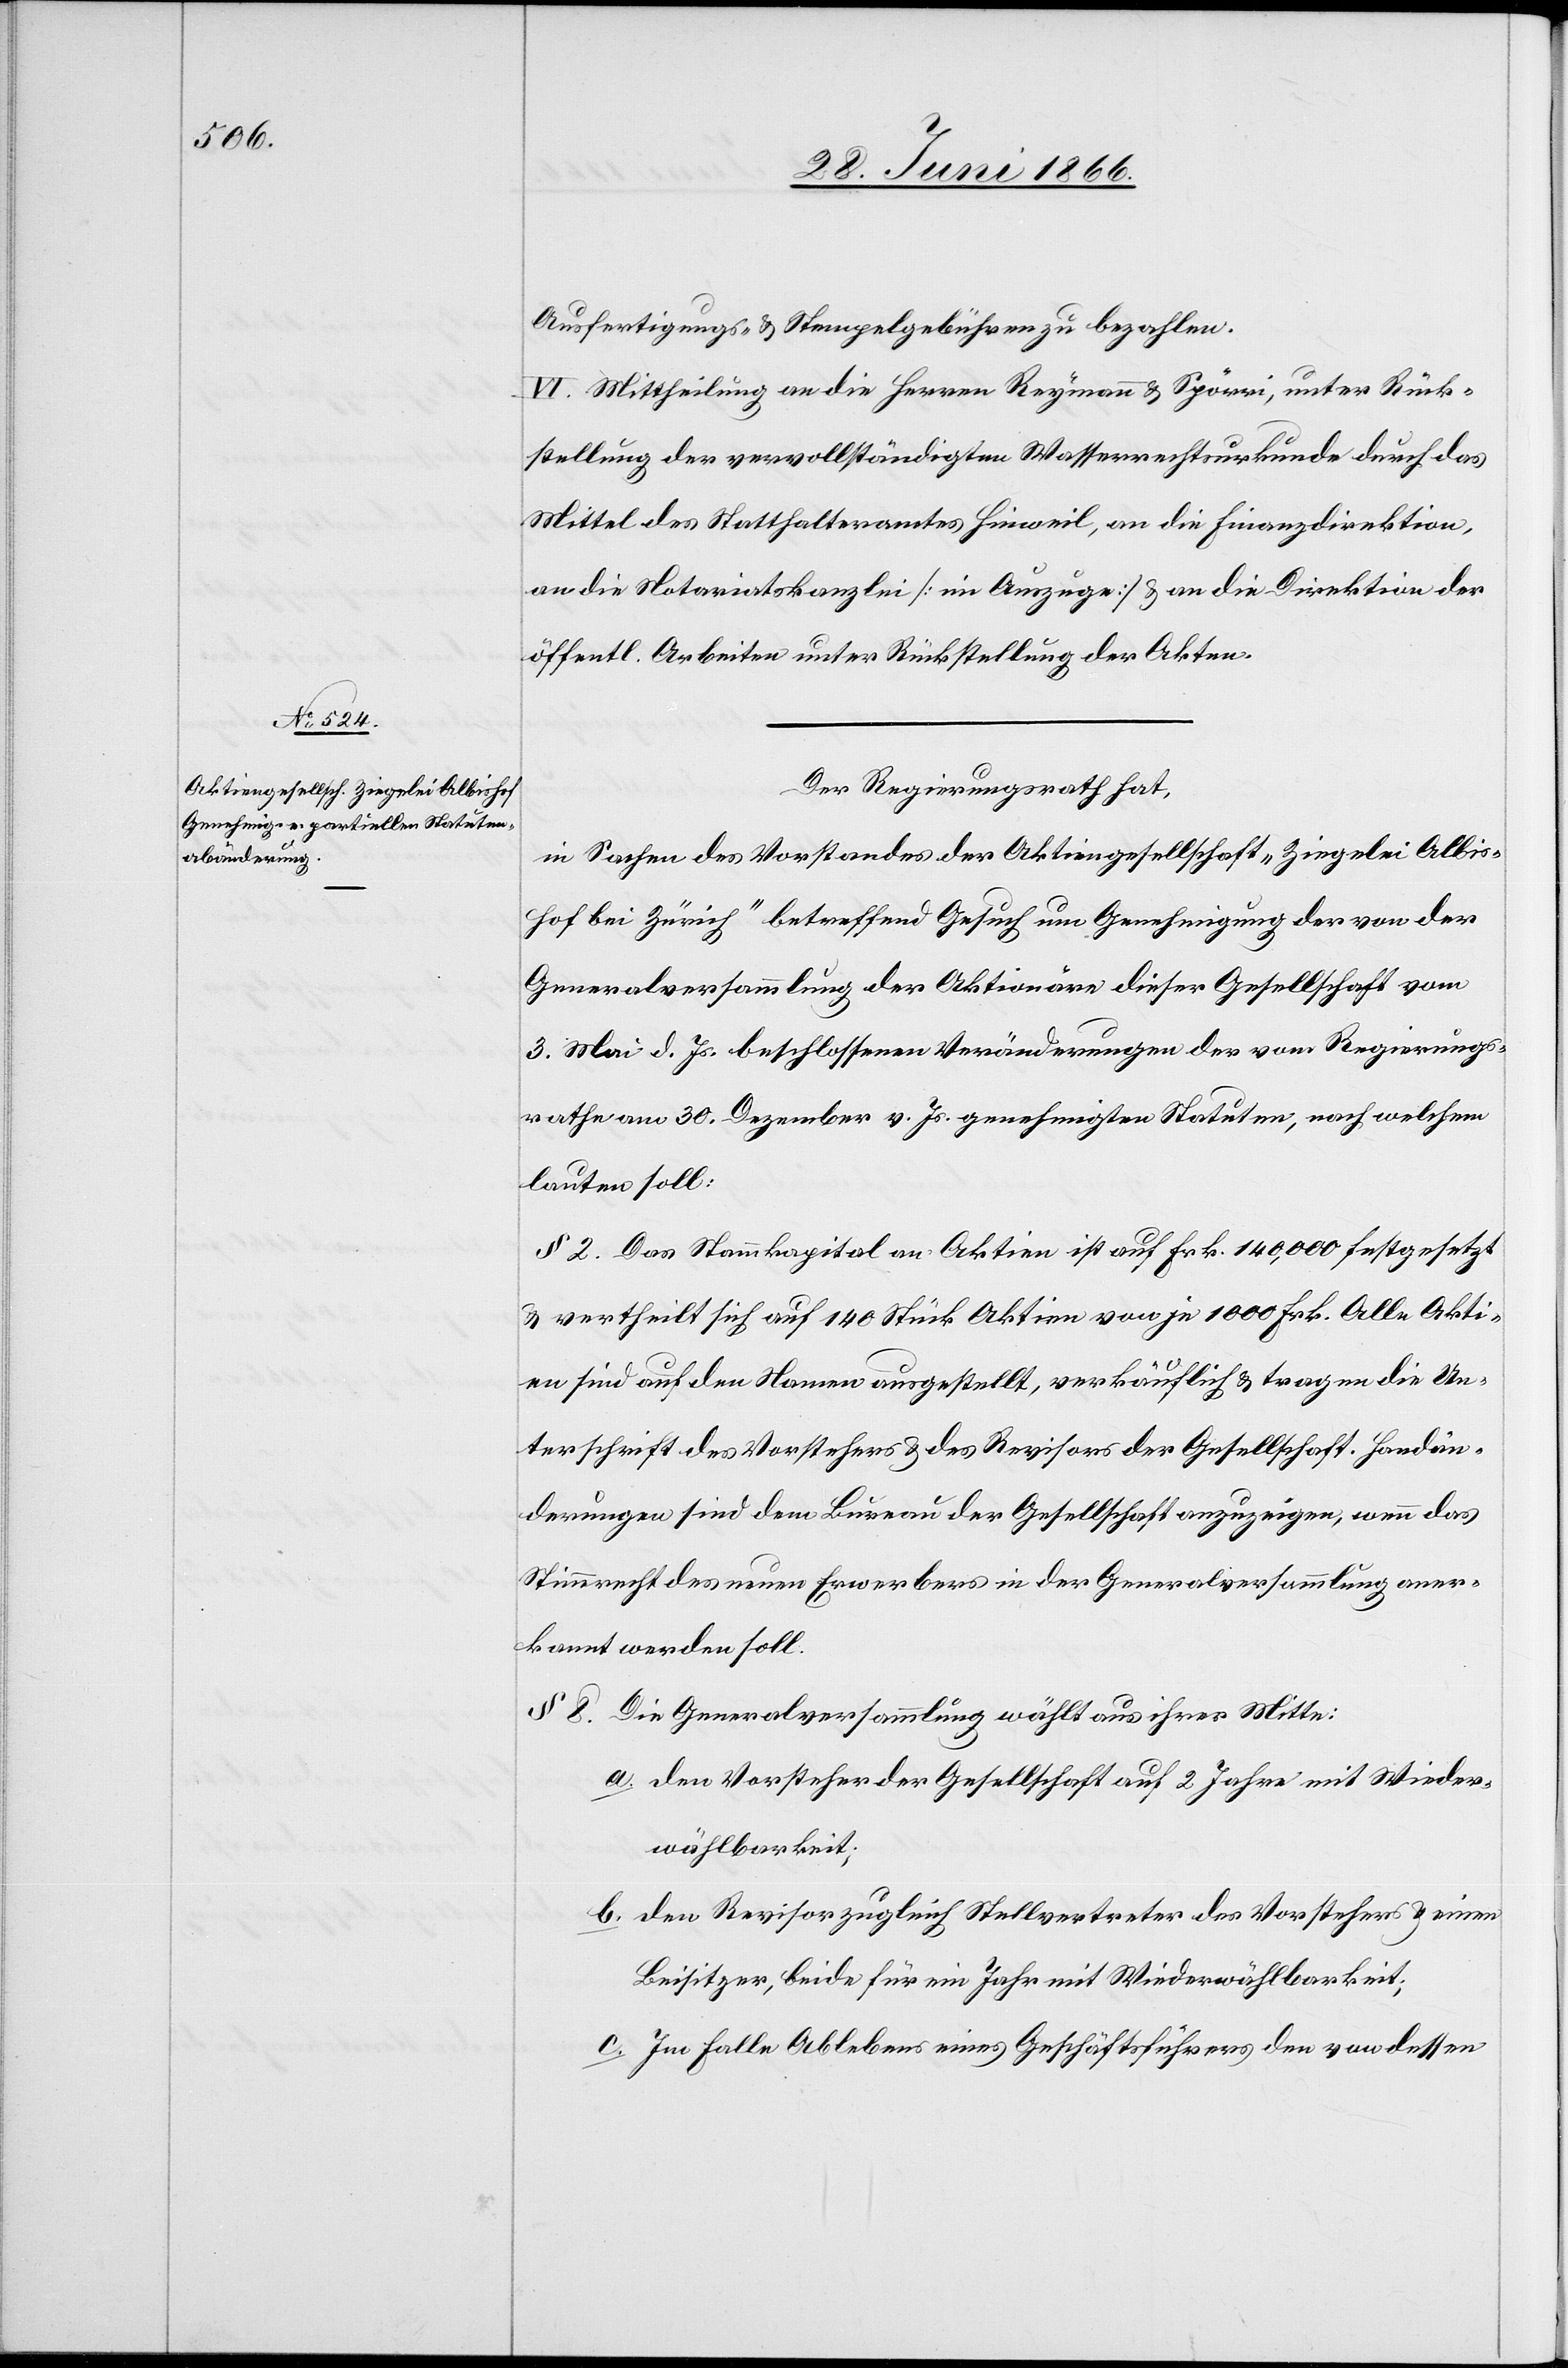
Ausfertigungs- u. Stempelgebühren zu bezahlen.
VI. Mittheilung an die Herren Reymann u. Spörri, unter Rück¬
stellung der vervollständigten Wasserrechtsurkunde durch das
Mittel des Statthalteramtes Hinweil, an die Finanzdirektion,
an die Notariatskanzlei [im Auszuge] u. an die Direktion der
öffentl. Arbeiten unter Rückstellung der Akten.
Der Regierungsrath hat,
in Sachen des Vorstandes der Aktiengesellschaft „Ziegelei Albis¬
hof bei Zürich“ betreffend Gesuch um Genehmigung der von der
Generalversammlung der Aktionäre dieser Gesellschaft vom
3. Mai d. Js. beschlossenen Veränderungen der vom Regierungs¬
rathe am 30. Dezember v. Js. genehmigten Statuten, nach welchem
lauten soll:
§ 2. Das Stammkapital an Aktien ist auf Frk. 140 000 festgesetzt
u. vertheilt sich auf 140 Stück Aktien von je 1000 Frk. Alle Akti¬
en sind auf den Namen ausgestellt, verkäuflich u. tragen die Un¬
terschrift des Vorstehers u. des Revisors der Gesellschaft. Handän¬
derungen sind dem Bureau der Gesellschaft anzuzeigen, wenn das
Stimmrecht des neuen Erwerbers in der Generalversammlung aner¬
kannt werden soll.
§ 8. Die Generalversammlung wählt aus ihrer Mitte:
a. den Vorsteher der Gesellschaft auf 2 Jahre mit Wieder¬
wählbarkeit;
b. den Revisor zugleich Stellvertreter des Vorstehers u. einen
Beisitzer, beide für ein Jahr mit Wiederwählbarkeit;
c. im Falle Ablebens eines Geschäftsführers den von dessen